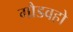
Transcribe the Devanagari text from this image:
गौडवहो